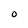
Character: O